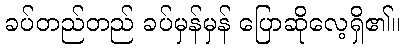
ခပ်တည်တည် ခပ်မှန်မှန် ပြောဆိုလေ့ရှိ၏။